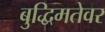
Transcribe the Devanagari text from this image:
बुद्धिमतेवर